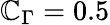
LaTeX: \mathbb{C}_{\Gamma}=0.5